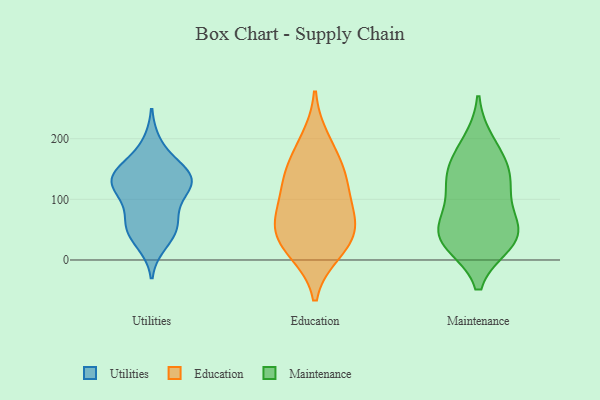
{"axis": {"x": "Demand Index", "y": "Value"}, "legend": ["Education", "Maintenance", "Utilities"], "data": [{"x": "", "y": 110, "type": "Utilities"}, {"x": "", "y": 124, "type": "Utilities"}, {"x": "", "y": 52, "type": "Utilities"}, {"x": "", "y": 144, "type": "Utilities"}, {"x": "", "y": 115, "type": "Utilities"}, {"x": "", "y": 29, "type": "Utilities"}, {"x": "", "y": 51, "type": "Utilities"}, {"x": "", "y": 54, "type": "Utilities"}, {"x": "", "y": 147, "type": "Utilities"}, {"x": "", "y": 144, "type": "Utilities"}, {"x": "", "y": 190, "type": "Utilities"}, {"x": "", "y": 134, "type": "Utilities"}, {"x": "", "y": 131, "type": "Utilities"}, {"x": "", "y": 75, "type": "Utilities"}, {"x": "", "y": 129, "type": "Education"}, {"x": "", "y": 13, "type": "Education"}, {"x": "", "y": 198, "type": "Education"}, {"x": "", "y": 140, "type": "Education"}, {"x": "", "y": 75, "type": "Education"}, {"x": "", "y": 162, "type": "Education"}, {"x": "", "y": 18, "type": "Education"}, {"x": "", "y": 45, "type": "Education"}, {"x": "", "y": 51, "type": "Education"}, {"x": "", "y": 107, "type": "Education"}, {"x": "", "y": 61, "type": "Education"}, {"x": "", "y": 50, "type": "Maintenance"}, {"x": "", "y": 144, "type": "Maintenance"}, {"x": "", "y": 111, "type": "Maintenance"}, {"x": "", "y": 38, "type": "Maintenance"}, {"x": "", "y": 39, "type": "Maintenance"}, {"x": "", "y": 191, "type": "Maintenance"}, {"x": "", "y": 30, "type": "Maintenance"}, {"x": "", "y": 122, "type": "Maintenance"}, {"x": "", "y": 158, "type": "Maintenance"}, {"x": "", "y": 49, "type": "Maintenance"}]}